Scottish Leaving Certificate Examination, 1951
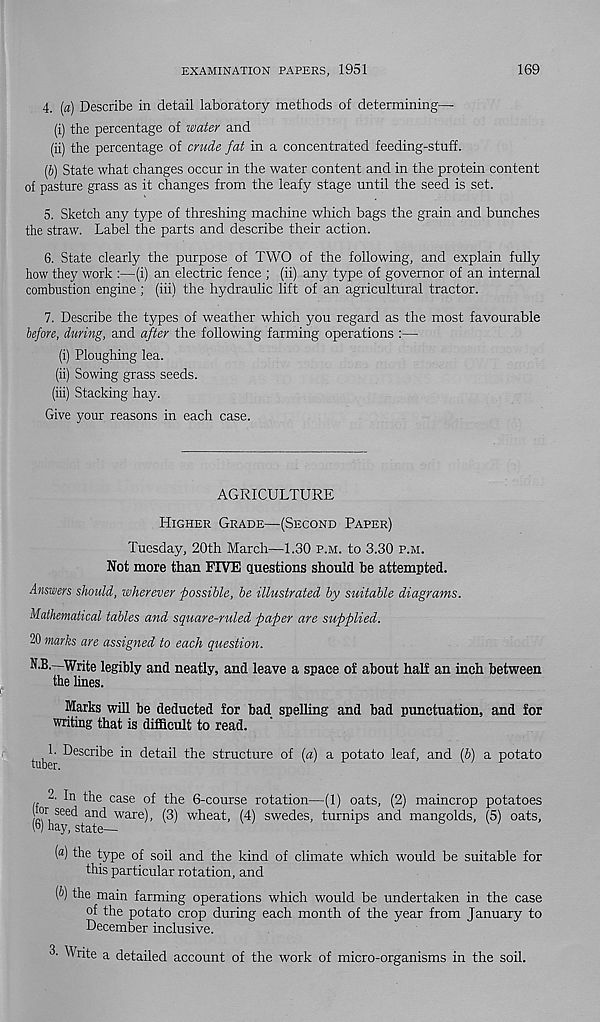
EXAMINATION PAPERS, 1951
169
4. [a) Describe in detail laboratory methods of determining—
(i) the percentage of water and
(ii) the percentage of crude fat in a concentrated feeding-stuff.
(6) State what changes occur in the water content and in the protein content
of pasture grass as it changes from the leafy stage until the seed is set.
5. Sketch any type of threshing machine which bags the grain and bunches
the straw. Label the parts and describe their action.
6. State clearly the purpose of TWO of the following, and explain fully
how they work :—(i) an electric fence ; (ii) any type of governor of an internal
combustion engine; (iii) the hydraulic lift of an agricultural tractor.
7. Describe the types of weather which you regard as the most favourable
before, during, and after the following farming operations :—
(i) Ploughing lea.
(ii) Sowing grass seeds.
(iii) Stacking hay.
Give your reasons in each case.
AGRICULTURE
Higher Grade—(Second Paper)
Tuesday, 20th March—1.30 p.m. to 3.30 p.m.
Not more than FIVE questions should be attempted.
Answers should, wherever possible, be illustrated by suitable diagrams.
Mathematical tables and square-ruled paper are supplied.
20 marks are assigned to each question.
N.B.—Write legibly and neatly, and leave a space of about half an inch between
the lines.
Marks will be deducted for bad spelling and bad punctuation, and for
writing that is difficult to read.
1 Describe in detail the structure of (a) a potato leaf, and [b) a potato
2. In the case of the 6-course rotation—(1) oats, (2) maincrop potatoes
or seed and ware), (3) wheat, (4) swedes, turnips and mangolds, (5) oats,
l b ) hay, state—
(«) the type of soil and the kind of climate which would be suitable for
this particular rotation, and
[b) the main farming operations which would be undertaken in the case
of the potato crop during each month of the year from January to
December inclusive.
3. Write a detailed account of the work of micro-organisms in the soil.